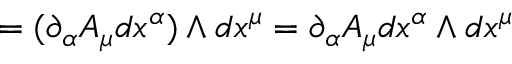
= ( \partial _ { \alpha } A _ { \mu } d x ^ { \alpha } ) \wedge d x ^ { \mu } = \partial _ { \alpha } A _ { \mu } d x ^ { \alpha } \wedge d x ^ { \mu }